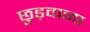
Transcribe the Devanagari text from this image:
छुड़वाना